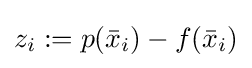
z_{i}:=p({\bar {x}}_{i})-f({\bar {x}}_{i})